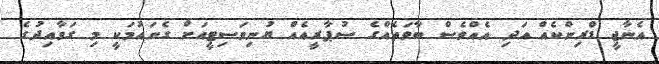
އެނާޖީ ޑްރިންކެއް އަދި އެއްވެސް ބާވަތެއްގެ ސުޕާރީއެއް ޔުނިވަސިޓީއަށް ގެނައުމަކީ މި ގަވާއިދުގެ